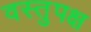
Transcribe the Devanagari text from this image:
वस्तुपक्ष